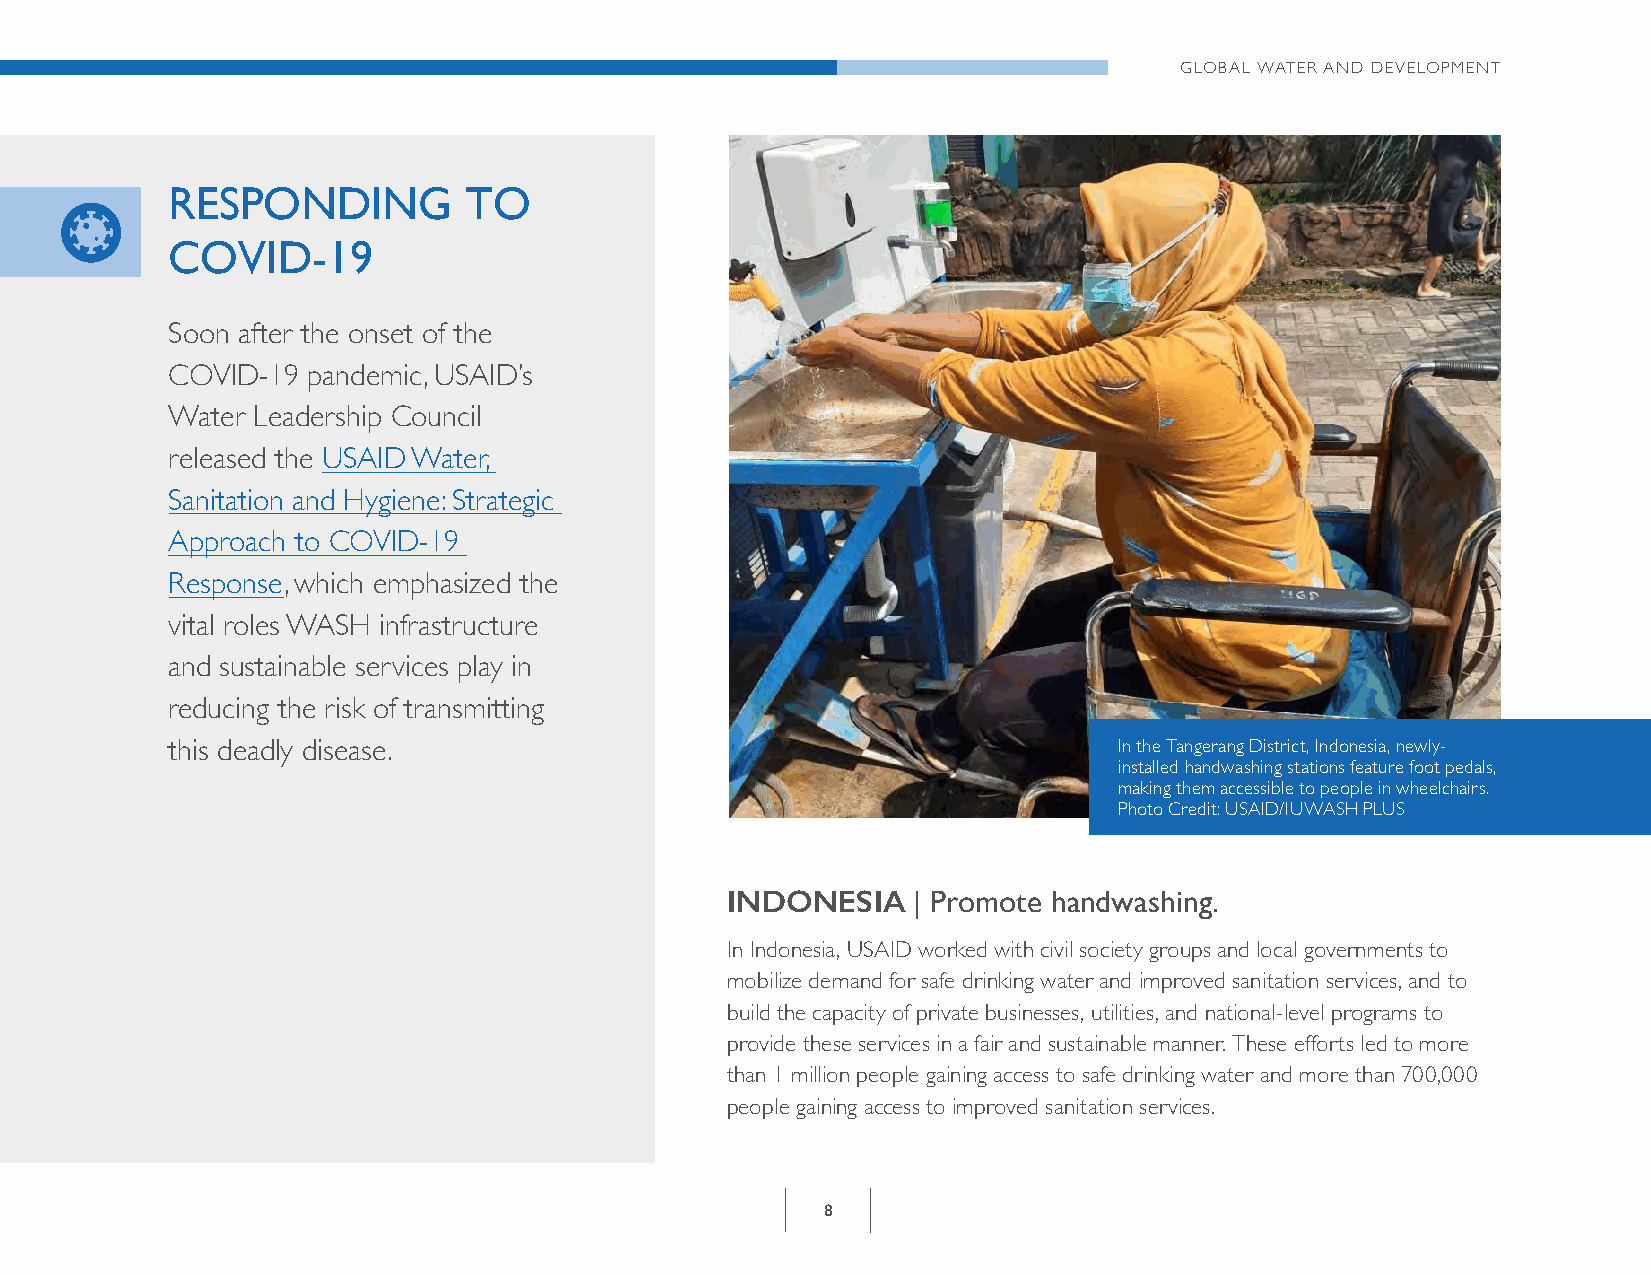
GLOBAL WATER AND DEVELOPMENT
 RESPONDING          TO
 COVID-19
 Soon after the onset of the
 COVID-19 pandemic, USAID’s
 Water Leadership Council
 released the USAID Water,
 Sanitation and Hygiene: Strategic
 Approach to COVID-19
 Response, which emphasized the
 vital roles WASH infrastructure
 and sustainable services play in
 reducing the risk of transmitting
 this deadly disease.                                           In the Tangerang District, Indonesia, newly-
 installed handwashing stations feature foot pedals,
 making them accessible to people in wheelchairs.
 Photo Credit: USAID/IUWASH PLUS
 INDONESIA   | Promote handwashing .
 In Indonesia, USAID worked with civil society groups and local governments to
 mobilize demand for safe drinking water and improved sanitation services, and to
 build the capacity of private businesses, utilities, and national-level programs to
 provide these services in a fair and sustainable manner. These efforts led to more
 than 1 million people gaining access to safe drinking water and more than 700,000
 people gaining access to improved sanitation services.
 8